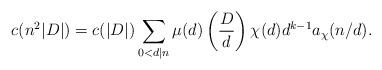
LaTeX: \begin{align*} c(n^2|D|) = c(|D|) \sum_{0<d \mid n} \mu(d) \left(\frac{D}{d}\right) \chi(d) d^{k-1} a_{\chi}(n/d). \end{align*}